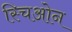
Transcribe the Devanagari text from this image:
स्चिओन